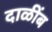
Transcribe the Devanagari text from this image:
दाळींब